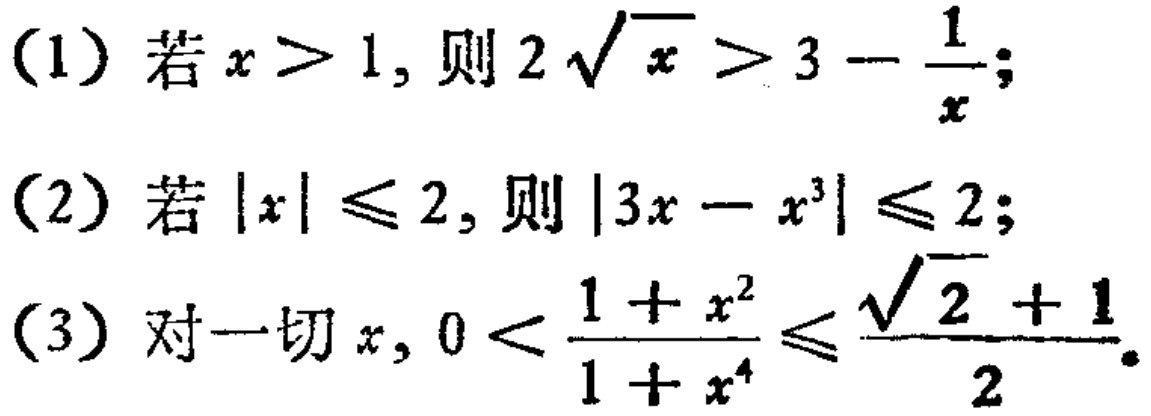
(1) 若\(x > 1\)，则\(2\sqrt{x}>3 - \frac{1}{x}\);
(2) 若\(\vert x\vert\leqslant 2\)，则\(\vert 3x - x^{3}\vert\leqslant 2\);
(3) 对一切\(x\)，\(0 < \frac{1 + x^{2}}{1 + x^{4}}\leqslant\frac{\sqrt{2}+1}{2}\)。